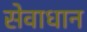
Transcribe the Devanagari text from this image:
सेवाधान